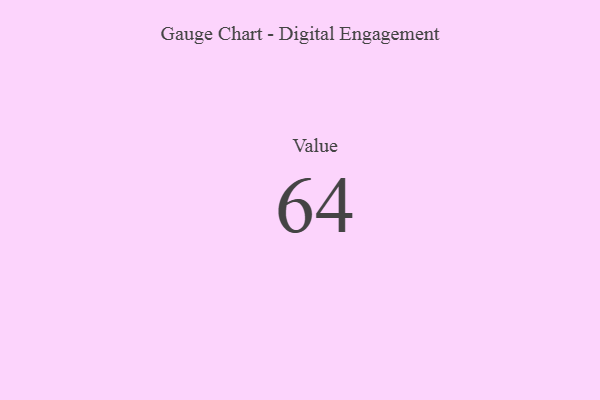
{"axis": {"x": "Metric", "y": "Value"}, "legend": [""], "data": [{"x": "Value", "y": 64, "type": ""}]}